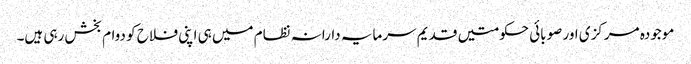
موجودہ مرکزی اور صوبائی حکومتیں قدیم سرمایہ دارانہ نظام میں ہی اپنی فلاح کو دوام بخش رہی ہیں۔